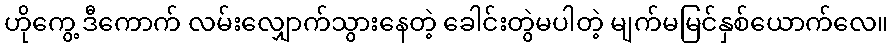
ဟိုကွေ့ ဒီကောက် လမ်းလျှောက်သွားနေတဲ့ ခေါင်းတွဲမပါတဲ့ မျက်မမြင်နှစ်ယောက်လေ။